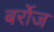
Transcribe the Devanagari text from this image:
बर्रोज